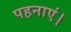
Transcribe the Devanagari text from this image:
पहनाएं।